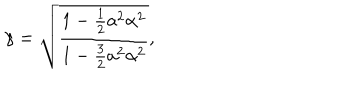
\gamma = \sqrt { \frac { 1 - \frac 1 2 { a ^ { 2 } \alpha ^ { 2 } } } { 1 - \frac { 3 } { 2 } a ^ { 2 } \alpha ^ { 2 } } } ,